Indian journal of veterinary science and animal husbandry - Volume 6,
Year: 1936
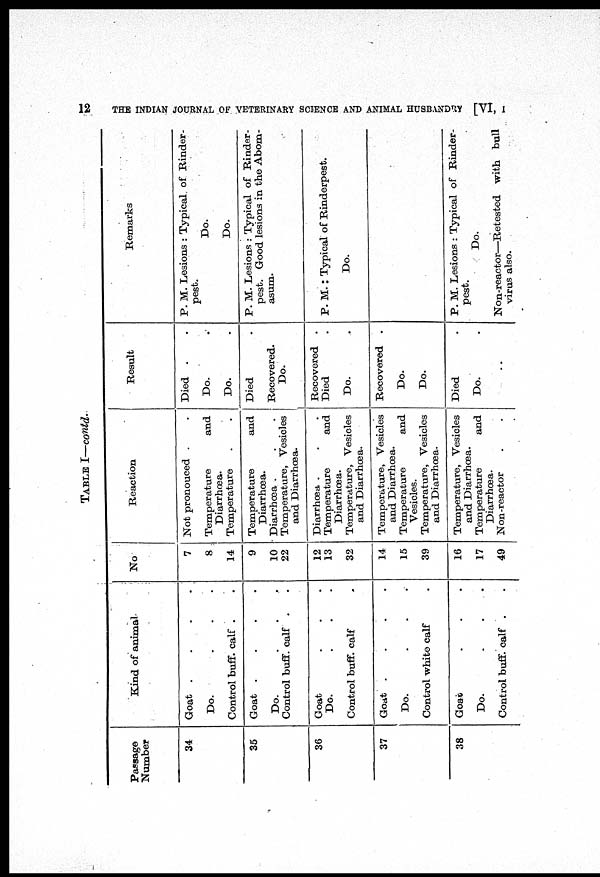
12
THE INDIAN JOURNAL OF VETERINARY SCIENCE AND ANIMAL HUSBANDRY [VI, I
TABLE I—contd.
Passage
Number
34
35
36
37
38
Kind of animal
Goat
.
.
.
.
Do.
.
.
.
Control buff. calf . .
Goat
.
.
.
.
Do.
.
.
.
Control buff. calf . .
Goat . . .
Do. . . .
Control buff. calf .
Goat
.
.
.
.
Do. . . .
Control white calf .
Goat . . .
Do. . . .
Control buff. calf . .
No
7
8
14
9
10
22
12
13
32
14
15
39
16
17
49
Reaction
Not pronouced . .
Temperature
and
Diarrhœa.
Temperature . .
Temperature
and
Diarrhœa.
Diarrhœa . . .
Temperature, Vesicles
and Diarrhœa.
Diarrhœa . . .
Temperature
and
Diarrhœa.
Temperature, Vesicles
and Diarrhœa.
Temperature, Vesicles
and Diarrhœa.
Temperature
and
Vesicles.
Temperature, Vesicles
and Diarrhœa.
Temperature, Vesicles
and Diarrhœa.
Temperature
and
Diarrhœa.
Non-reactor . .
Result
Died . .
Do. .
Do.
Died .
Recovered.
Do.
Recovered .
Died .
Do. .
Recovered .
Do.
Do.
Died .
Do. .
..
Remarks
P. M. Lesions : Typical of Rinder-
pest.
Do.
Do.
P. M. Lesions : Typical of Rinder-
pest. Good lesions in the Abom-
asum.
P. M. : Typical of Rinderpest.
Do.
P. M. Lesions : Typical of Rinder-
pest.
Do.
Non-reactor—Retested with bull
virus also.